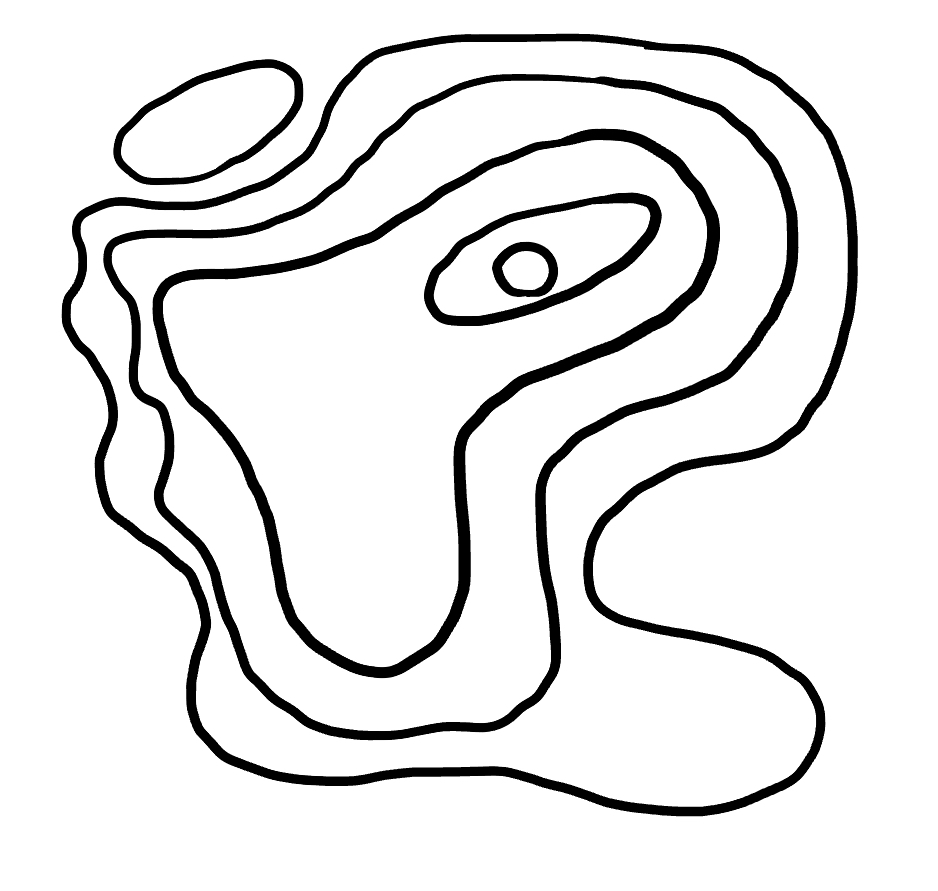
Number of regions (including the outer root region): 7
Containment tree edges (parent, child): 0, 1, 0, 2, 2, 3, 3, 4, 4, 5, 5, 6